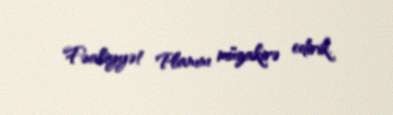
Fəaliyyət Planını müzakirə edirik.